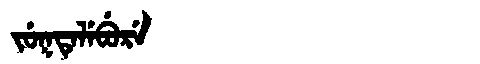
Manchu: ᠵᡠᡴᡨᡝᠯᡝᠪᡠᡵᡝ
Romanization: JUKTELEBURE